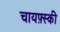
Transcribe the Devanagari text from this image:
चायफ़्स्की